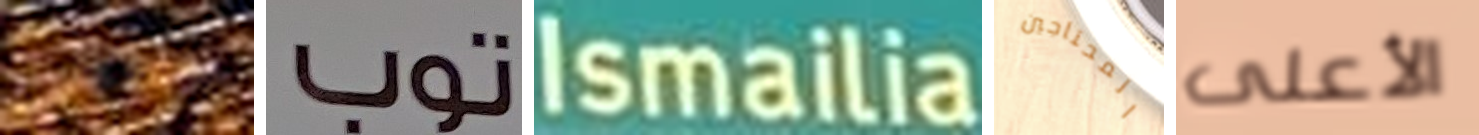
حافظي توب Ismailia المحتاجين الأعلى